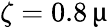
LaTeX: \zeta=0.8\, \upmu